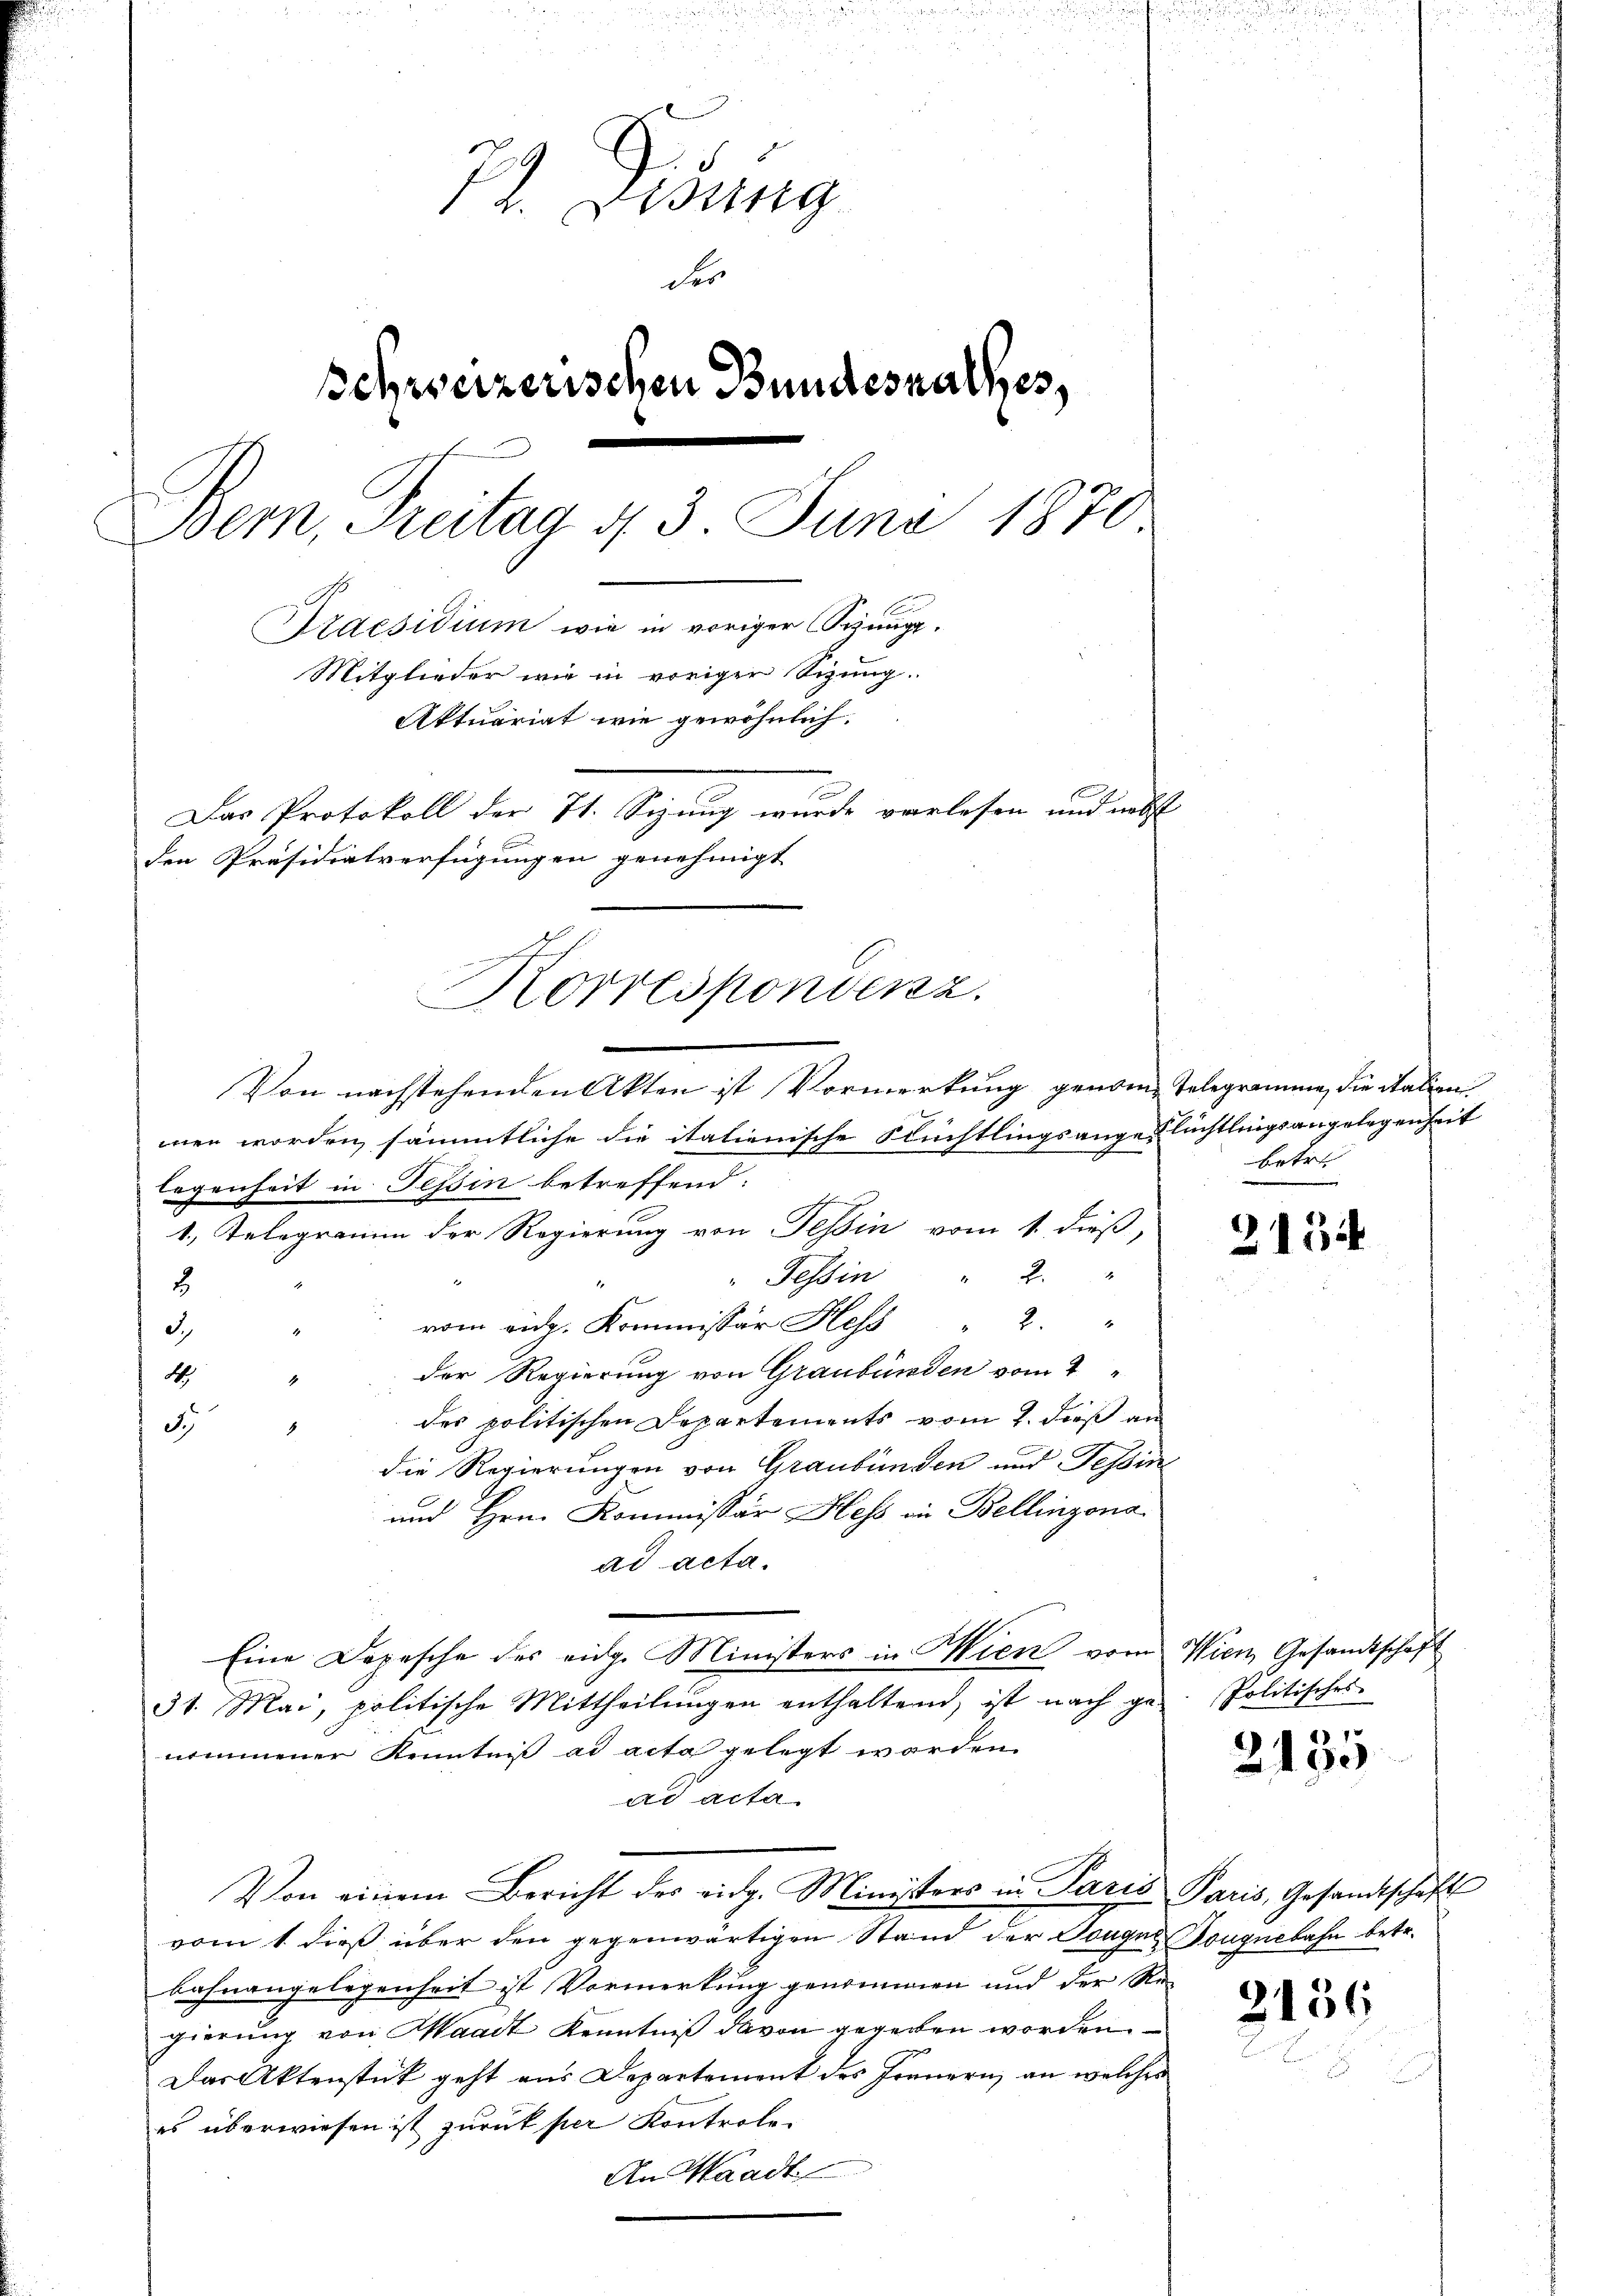
73. Debung
des
schweizerischen Bundesrathes,
Bern, Freitag 4 3. Juni 1870
Praesidium wie in voriger Sizung.
Mitglieder wie in voriger Sizung.
Aktuariat wie gewöhnlich.
Das Protokoll der 7t. Sizung wurde vorlesen und nebst
den Präsidialverfügungen genehmigt
Korrespondenz.

men worden, sämmtliche die itationische Flüchtlingsange lüchtlingsangelegenheit
legenheit in Tessin betreffend:
1, Telegramm der Regierung von Tessin vom 1. dieß,
2
Tessin
2.
vom eidg. Kommissär Hess " 2 "
d.
d
der Regierung von Graubünden vom 4
4.
4
des politischen Departements vom 2. dieß an
3.)
die Regierungen von Graubünden und Tessin
und Hrn. Kommissär Hess an Bellinzona
ad acta.
Eine Depesche des eidg. Ministers in Wien vom Wien Gesandtschaft
31. Mai, politische Mittheilungen enthaltend, ist nach ge-
nommener Kenntniß ad acta gelegt worden.
ad acta
Von einem Bericht des eidg. Ministers in Paris Paris, Gesandtschaft
vom 1. dieß über den gegenwärtigen Stand der Dougen Tonguebahn betr.
bahnangelegenheit ist Vormerkung genommen und der Re-
gierung von Waadt Kenntniß davon gegeben worden.
Das Aktenstück geht aus Departement des Frauern, an welches
es überwiesen ist zurück per Kontrole-
An Waadt

Von nachstehenden Akten ist Vormerkung genome Telegramme, die italien

betre

2134

Politisches

2135

2136